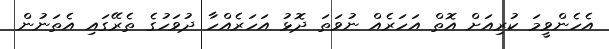
އެހެންވީމަ ކުރިއަށް އޮތް އަހަރެއް ނުވަތަ ދޮޅު އަހަރެއްހާ ދުވަހުގެ ތެރޭގައި އެތަނުން